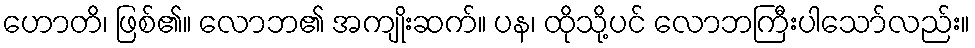
ဟောတိ၊ ဖြစ်၏။ လောဘ၏ အကျိုးဆက်။ ပန၊ ထိုသို့ပင် လောဘကြီးပါသော်လည်း။